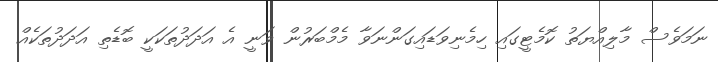
ނަމަވެސް މާލިއްޔަތު ކޮމެޓީގައި ހިމެނިވަޑައިގަންނަވާ މެމްބަރުން ވަނީ އެ އަދަދުތަކަކީ ބޮޑެތި އަދަދުތަކެއް